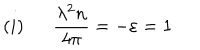
( i ) \: \: \: \: \: \: \: { \frac { \lambda ^ { 2 } n } { 4 \pi } } = - \varepsilon = 1